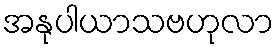
အနုပါယာသဗဟုလာ